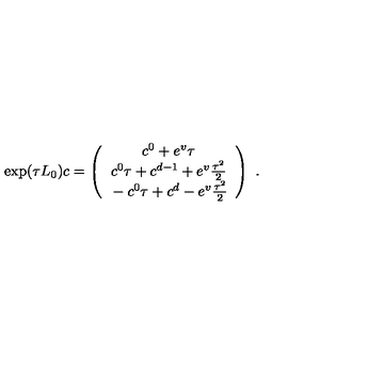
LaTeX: \exp ( \tau L _ { 0 } ) c = \left( \begin{array} { c } { \strut c ^ { 0 } + e ^ { v } \tau } \\ { \strut c ^ { 0 } \tau + c ^ { d - 1 } + e ^ { v } { \frac { \tau ^ { 2 } } { 2 } } } \\ { \strut - c ^ { 0 } \tau + c ^ { d } - e ^ { v } { \frac { \tau ^ { 2 } } { 2 } } } \\ \end{array} \right) \ .